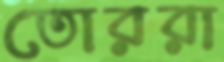
তোররা